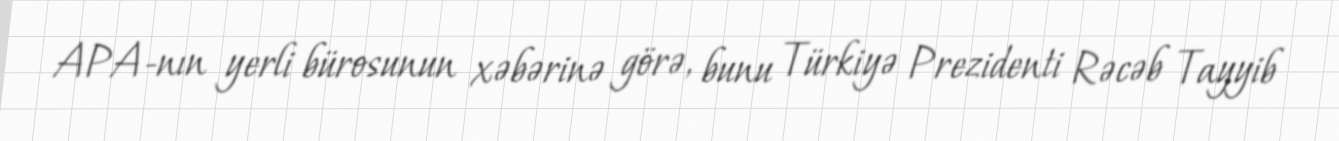
APA-nın yerli bürosunun xəbərinə görə, bunu Türkiyə Prezidenti Rəcəb Tayyib